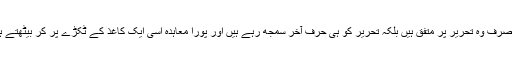
نہ صرف وہ تحریر پر متفق ہیں بلکہ تحریر کو ہی حرفِ آخر سمجھ رہے ہیں اور پورا معاہدہ اسی ایک کاغذ کے ٹکڑے پر کر بیٹھتے ہیں۔